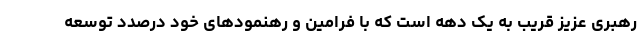
رهبری عزیز قریب به یک دهه است که با فرامین و رهنمودهای خود درصدد توسعه